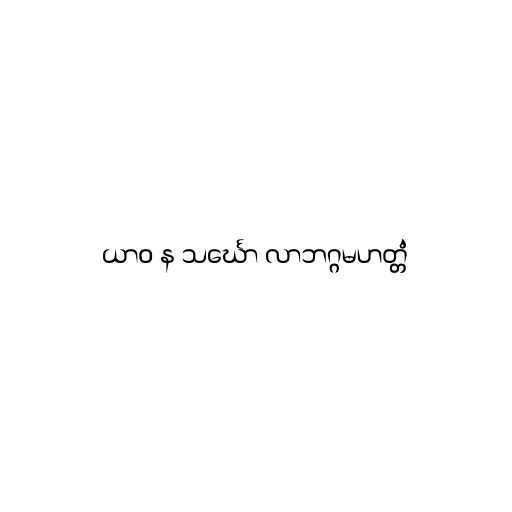
ယာဝ န သင်္ဃော လာဘဂ္ဂမဟတ္တံ